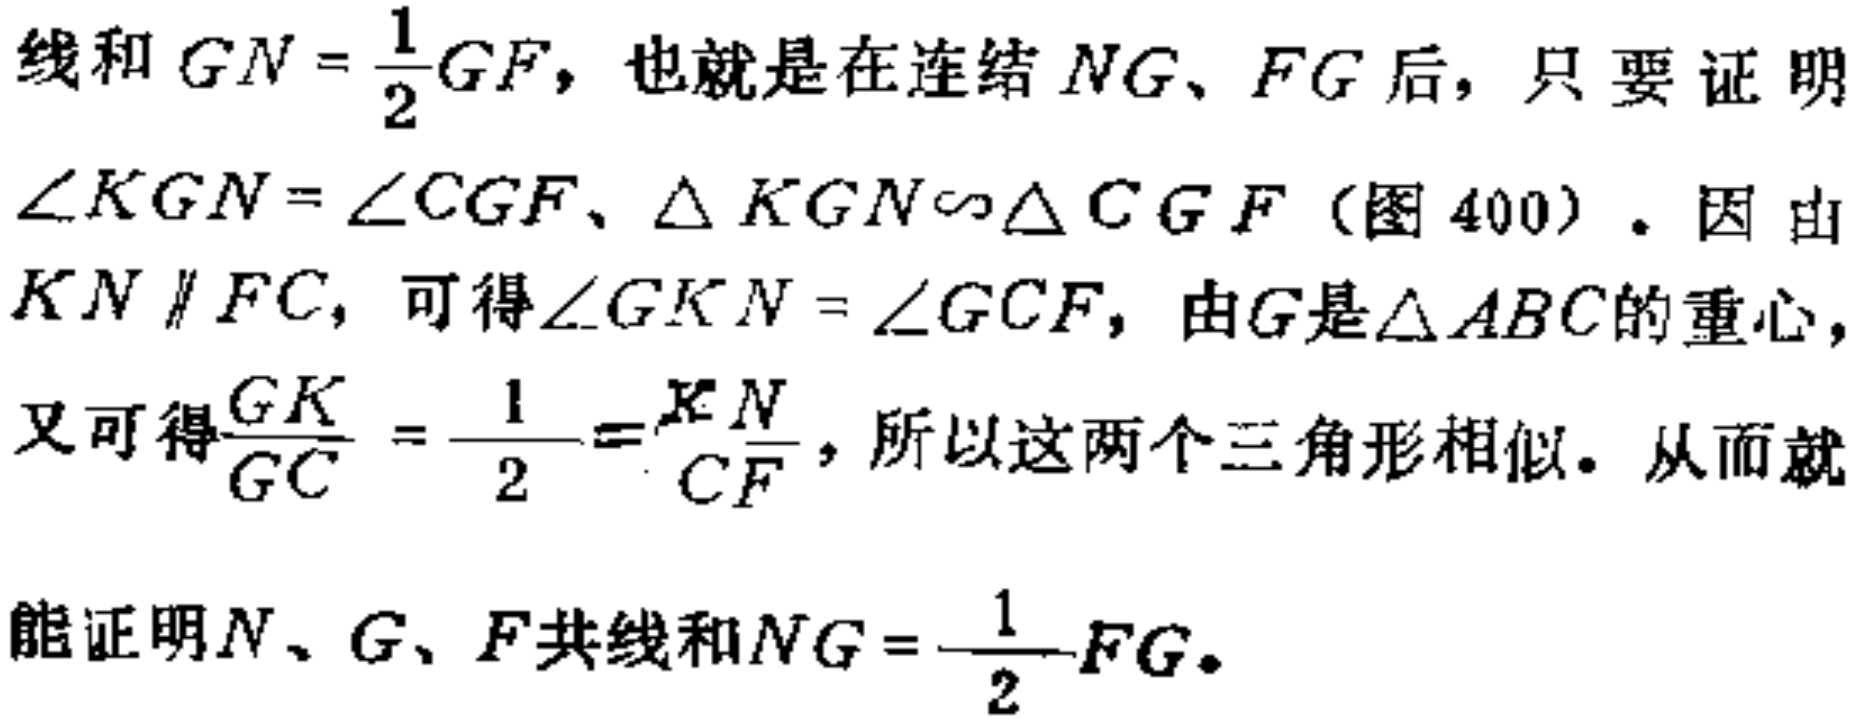
线和 \(GN = \frac{1}{2}GF\)，也就是在连结 \(NG\)、\(FG\) 后，只要证明 \(\angle KGN=\angle CGF\)、\(\triangle KGN\sim\triangle CGF\)（图 400）。因由 \(KN\parallel FC\)，可得 \(\angle GKN = \angle GCF\)，由 \(G\) 是 \(\triangle ABC\) 的重心，又可得 \(\frac{GK}{GC}=\frac{1}{2}=\frac{KN}{CF}\)，所以这两个三角形相似。从而就能证明 \(N\)、\(G\)、\(F\) 共线和 \(NG = \frac{1}{2}FG\)。